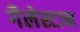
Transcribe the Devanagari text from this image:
गैलेस्टान